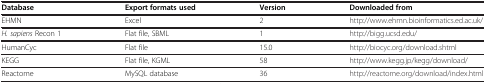
| Database | Export formats used | Version | Downloaded from |
 | --- | --- | --- | --- |
 | EHMN | Excel | 2 | http://www.ehmn.bioinformatics.ed.ac.uk/ |
 | H. sapiens Recon 1 | Flat file, SBML | 1 | http://bigg.ucsd.edu/ |
 | HumanCyc | Flat file | 15.0 | http://biocyc.org/download.shtml |
 | KEGG | Flat file, KGML | 58 | http://www.kegg.jp/kegg/download/ |
 | Reactome | MySQL database | 36 | http://reactome.org/download/index.html |